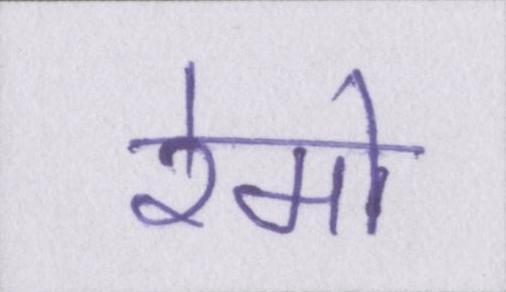
रेमो